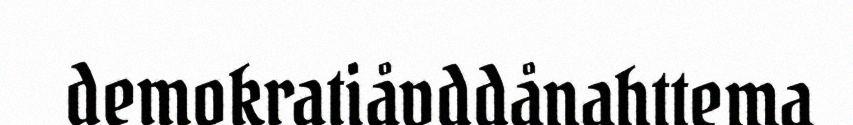
demokratiåvddånahttema